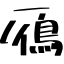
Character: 鴈